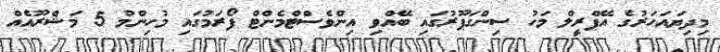
މިދިޔައަހަރުގެ އޭޕްރީލް މަހު ސިންގަޕޫރުގައި ބޭއްވި އިންވެސްޓްމެންޓް ފޯރަމުގައި މުހިންމު 5 މަޝްރޫއެއް